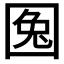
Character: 𡇹